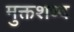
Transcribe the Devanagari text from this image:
मुक्तशब्द